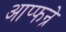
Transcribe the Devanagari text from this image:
आप्फन्रे